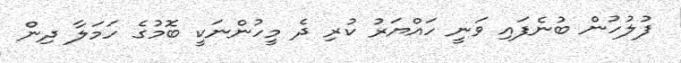
ފުލުހުން ބުނެފައި ވަނީ ހައްޔަރު ކުރި ދެ މީހުންނަކީ ބޮމުގެ ހަަމަލާ ދިން